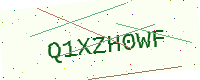
Text: Q1XZH0WF